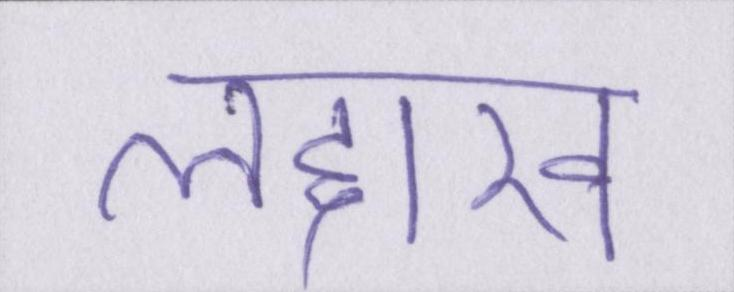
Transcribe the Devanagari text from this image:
लद्दाख